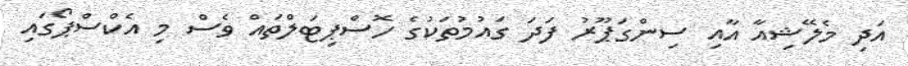
އަދި މެލޭޝިއާ އާއި ސިންގަޕޫރު ފަދަ ގައުމުތަކުގެ ހޮސްޕިޓަލްތައް ވެސް މި އެކްސްޕޯގައި